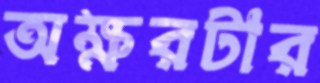
অক্ষরটার